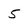
Character: 5